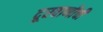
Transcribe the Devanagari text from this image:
दूरवाणीची